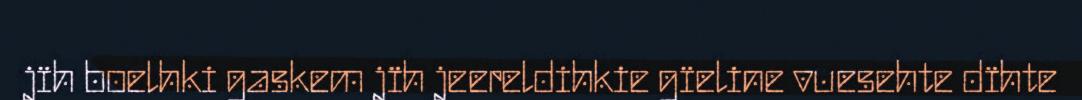
jïh boelhki gaskem jïh jeereldihkie gïeline vuesehte dïhte